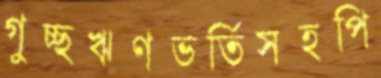
গুচ্ছঋণভর্তিসহপি